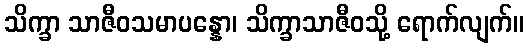
သိက္ခာ သာဇီဝသမာပန္နော၊ သိက္ခာသာဇီဝသို့ ရောက်လျက်။